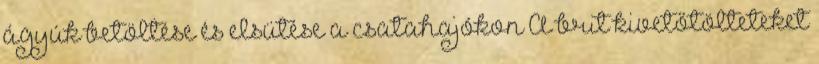
ágyúk betöltése és elsütése a csatahajókon A brit kivetőtölteteket